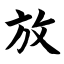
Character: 放